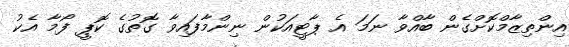
އިންތިޒާމްކޮށްގެން ބާއްވާ ނަމަ އެ ޕާޓީއަކުން ނިންމާފައިވާ ގޮތުގެ ކޮޕީ ފޯމާ އެކު